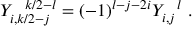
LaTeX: Y _ { i , k / 2 - j } ^ { ~ ~ k / 2 - l } = ( - 1 ) ^ { l - j - 2 i } Y _ { i , j } ^ { ~ ~ l } ~ .